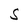
Character: S